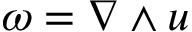
\omega = \nabla \wedge u